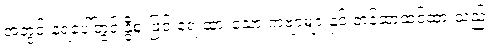
အတွင်းနံရံပေါ်တွင် နွီစူးဖြင့် ရေးထားသော ကဗျာများနှင့် တန်ဆာဆင်ထားသည်။